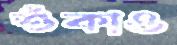
শুঁকাও